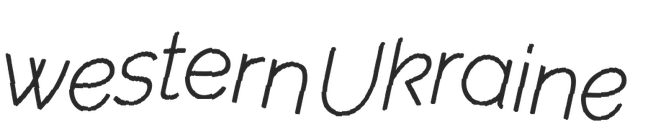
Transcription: western Ukraine